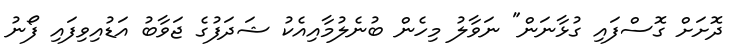
ދޮށަށް ގޮސްފައި ގުޅާނަން" ނަވާލު މިހެން ބުނެލުމާއިއެކު ޝަދަފުގެ ޖަވާބު އަޑުއިވިފައި ފޯނު